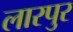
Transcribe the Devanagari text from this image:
लारपुर